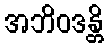
အဘိဝဒန္တိ